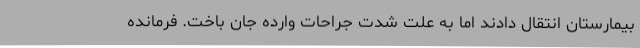
بیمارستان انتقال دادند اما به علت شدت جراحات وارده جان باخت. فرمانده